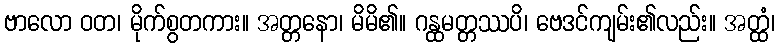
ဗာလော ဝတ၊ မိုက်စွတကား။ အတ္တနော၊ မိမိ၏။ ဂန္ထမတ္တဿပိ၊ ဗေဒင်ကျမ်း၏လည်း။ အတ္ထံ၊